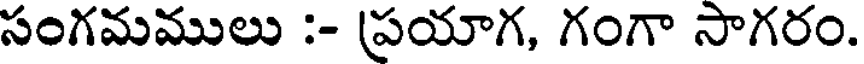
సంగమములు :- ప్రయాగ, గంగా సాగరం.